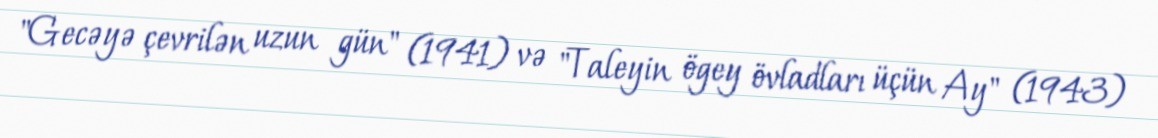
"Gecəyə çevrilən uzun gün" (1941) və "Taleyin ögey övladları üçün Ay" (1943)